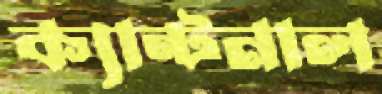
ক্যান্টনাল